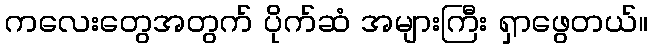
ကလေးတွေအတွက် ပိုက်ဆံ အများကြီး ရှာဖွေတယ်။